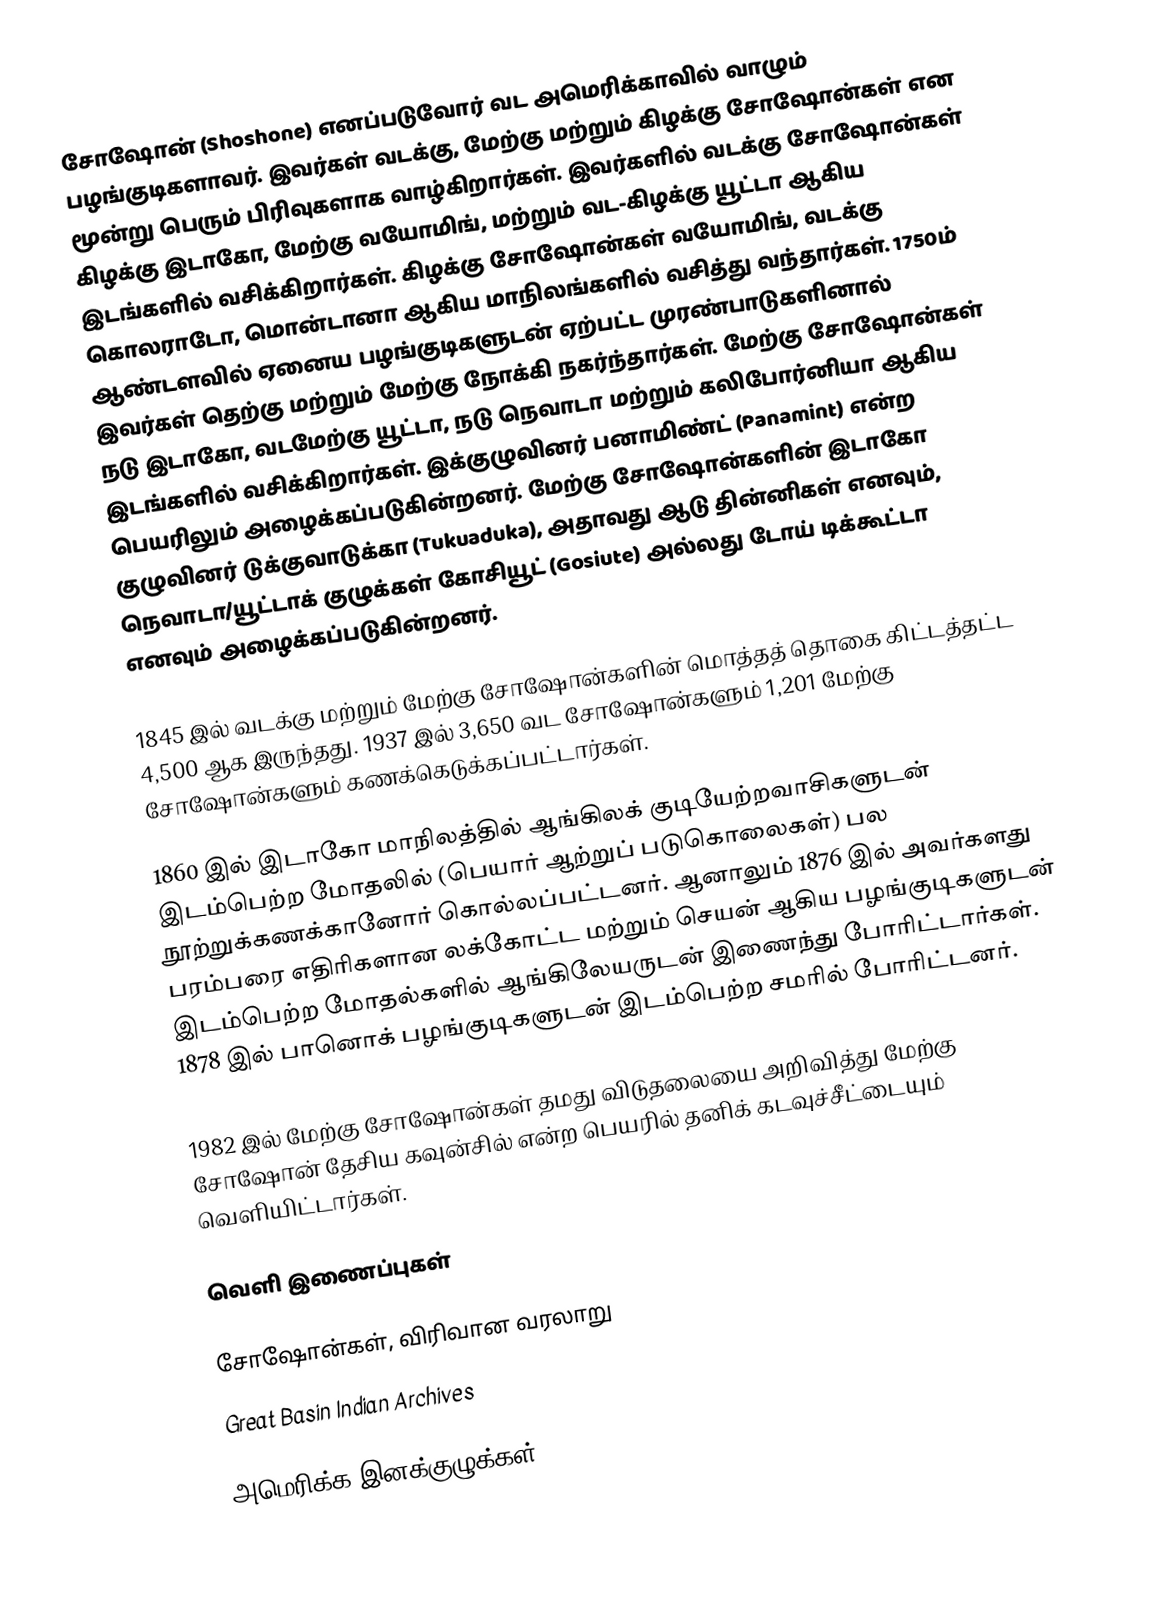
சோஷோன் (Shoshone) எனப்படுவோர் வட அமெரிக்காவில் வாழும் பழங்குடிகளாவர். இவர்கள் வடக்கு, மேற்கு மற்றும் கிழக்கு சோஷோன்கள் என மூன்று பெரும் பிரிவுகளாக வாழ்கிறார்கள். இவர்களில் வடக்கு சோஷோன்கள்  கிழக்கு இடாகோ, மேற்கு வயோமிங், மற்றும் வட-கிழக்கு யூட்டா ஆகிய இடங்களில் வசிக்கிறார்கள். கிழக்கு சோஷோன்கள் வயோமிங், வடக்கு கொலராடோ, மொன்டானா ஆகிய மாநிலங்களில் வசித்து வந்தார்கள். 1750ம் ஆண்டளவில் ஏனைய பழங்குடிகளுடன் ஏற்பட்ட முரண்பாடுகளினால் இவர்கள் தெற்கு மற்றும் மேற்கு நோக்கி நகர்ந்தார்கள். மேற்கு சோஷோன்கள் நடு இடாகோ, வடமேற்கு யூட்டா, நடு நெவாடா மற்றும் கலிபோர்னியா ஆகிய இடங்களில் வசிக்கிறார்கள். இக்குழுவினர் பனாமிண்ட் (Panamint) என்ற பெயரிலும் அழைக்கப்படுகின்றனர். மேற்கு சோஷோன்களின் இடாகோ குழுவினர் டுக்குவாடுக்கா (Tukuaduka), அதாவது ஆடு தின்னிகள் எனவும், நெவாடா/யூட்டாக் குழுக்கள் கோசியூட் (Gosiute) அல்லது டோய் டிக்கூட்டா எனவும் அழைக்கப்படுகின்றனர்.

1845 இல் வடக்கு மற்றும் மேற்கு சோஷோன்களின் மொத்தத் தொகை கிட்டத்தட்ட 4,500 ஆக இருந்தது. 1937 இல் 3,650 வட சோஷோன்களும் 1,201 மேற்கு சோஷோன்களும் கணக்கெடுக்கப்பட்டார்கள்.

1860 இல் இடாகோ மாநிலத்தில் ஆங்கிலக் குடியேற்றவாசிகளுடன் இடம்பெற்ற மோதலில் (பெயார் ஆற்றுப் படுகொலைகள்) பல நூற்றுக்கணக்கானோர் கொல்லப்பட்டனர். ஆனாலும் 1876 இல் அவர்களது பரம்பரை எதிரிகளான லக்கோட்ட மற்றும் செயன் ஆகிய பழங்குடிகளுடன் இடம்பெற்ற மோதல்களில் ஆங்கிலேயருடன் இணைந்து போரிட்டார்கள். 1878 இல் பானொக் பழங்குடிகளுடன் இடம்பெற்ற சமரில் போரிட்டனர்.

1982 இல் மேற்கு சோஷோன்கள் தமது விடுதலையை அறிவித்து மேற்கு சோஷோன் தேசிய கவுன்சில் என்ற பெயரில் தனிக் கடவுச்சீட்டையும் வெளியிட்டார்கள்.

வெளி இணைப்புகள்

சோஷோன்கள், விரிவான வரலாறு
Great Basin Indian Archives

அமெரிக்க இனக்குழுக்கள்